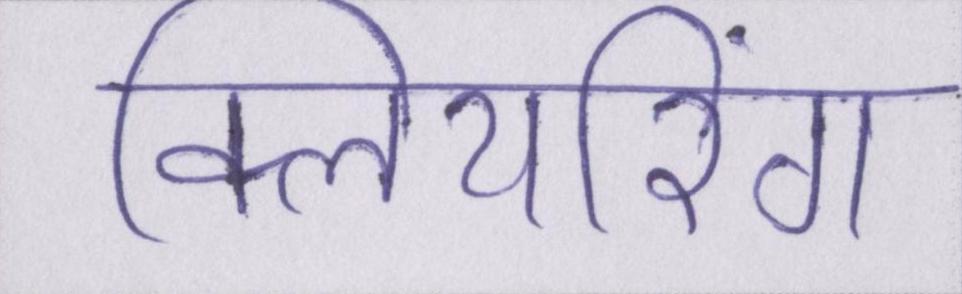
क्लियरिंग